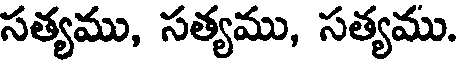
సత్యము, సత్యము, సత్యము.